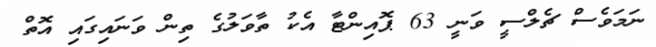
ނަމަވެސް ޗެލްސީ ވަނީ 63 ޕޮއިންޓާ އެކު ތާވަލުގެ ތިން ވަނައިގައި އޮތް